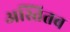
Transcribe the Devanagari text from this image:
अस्तितब